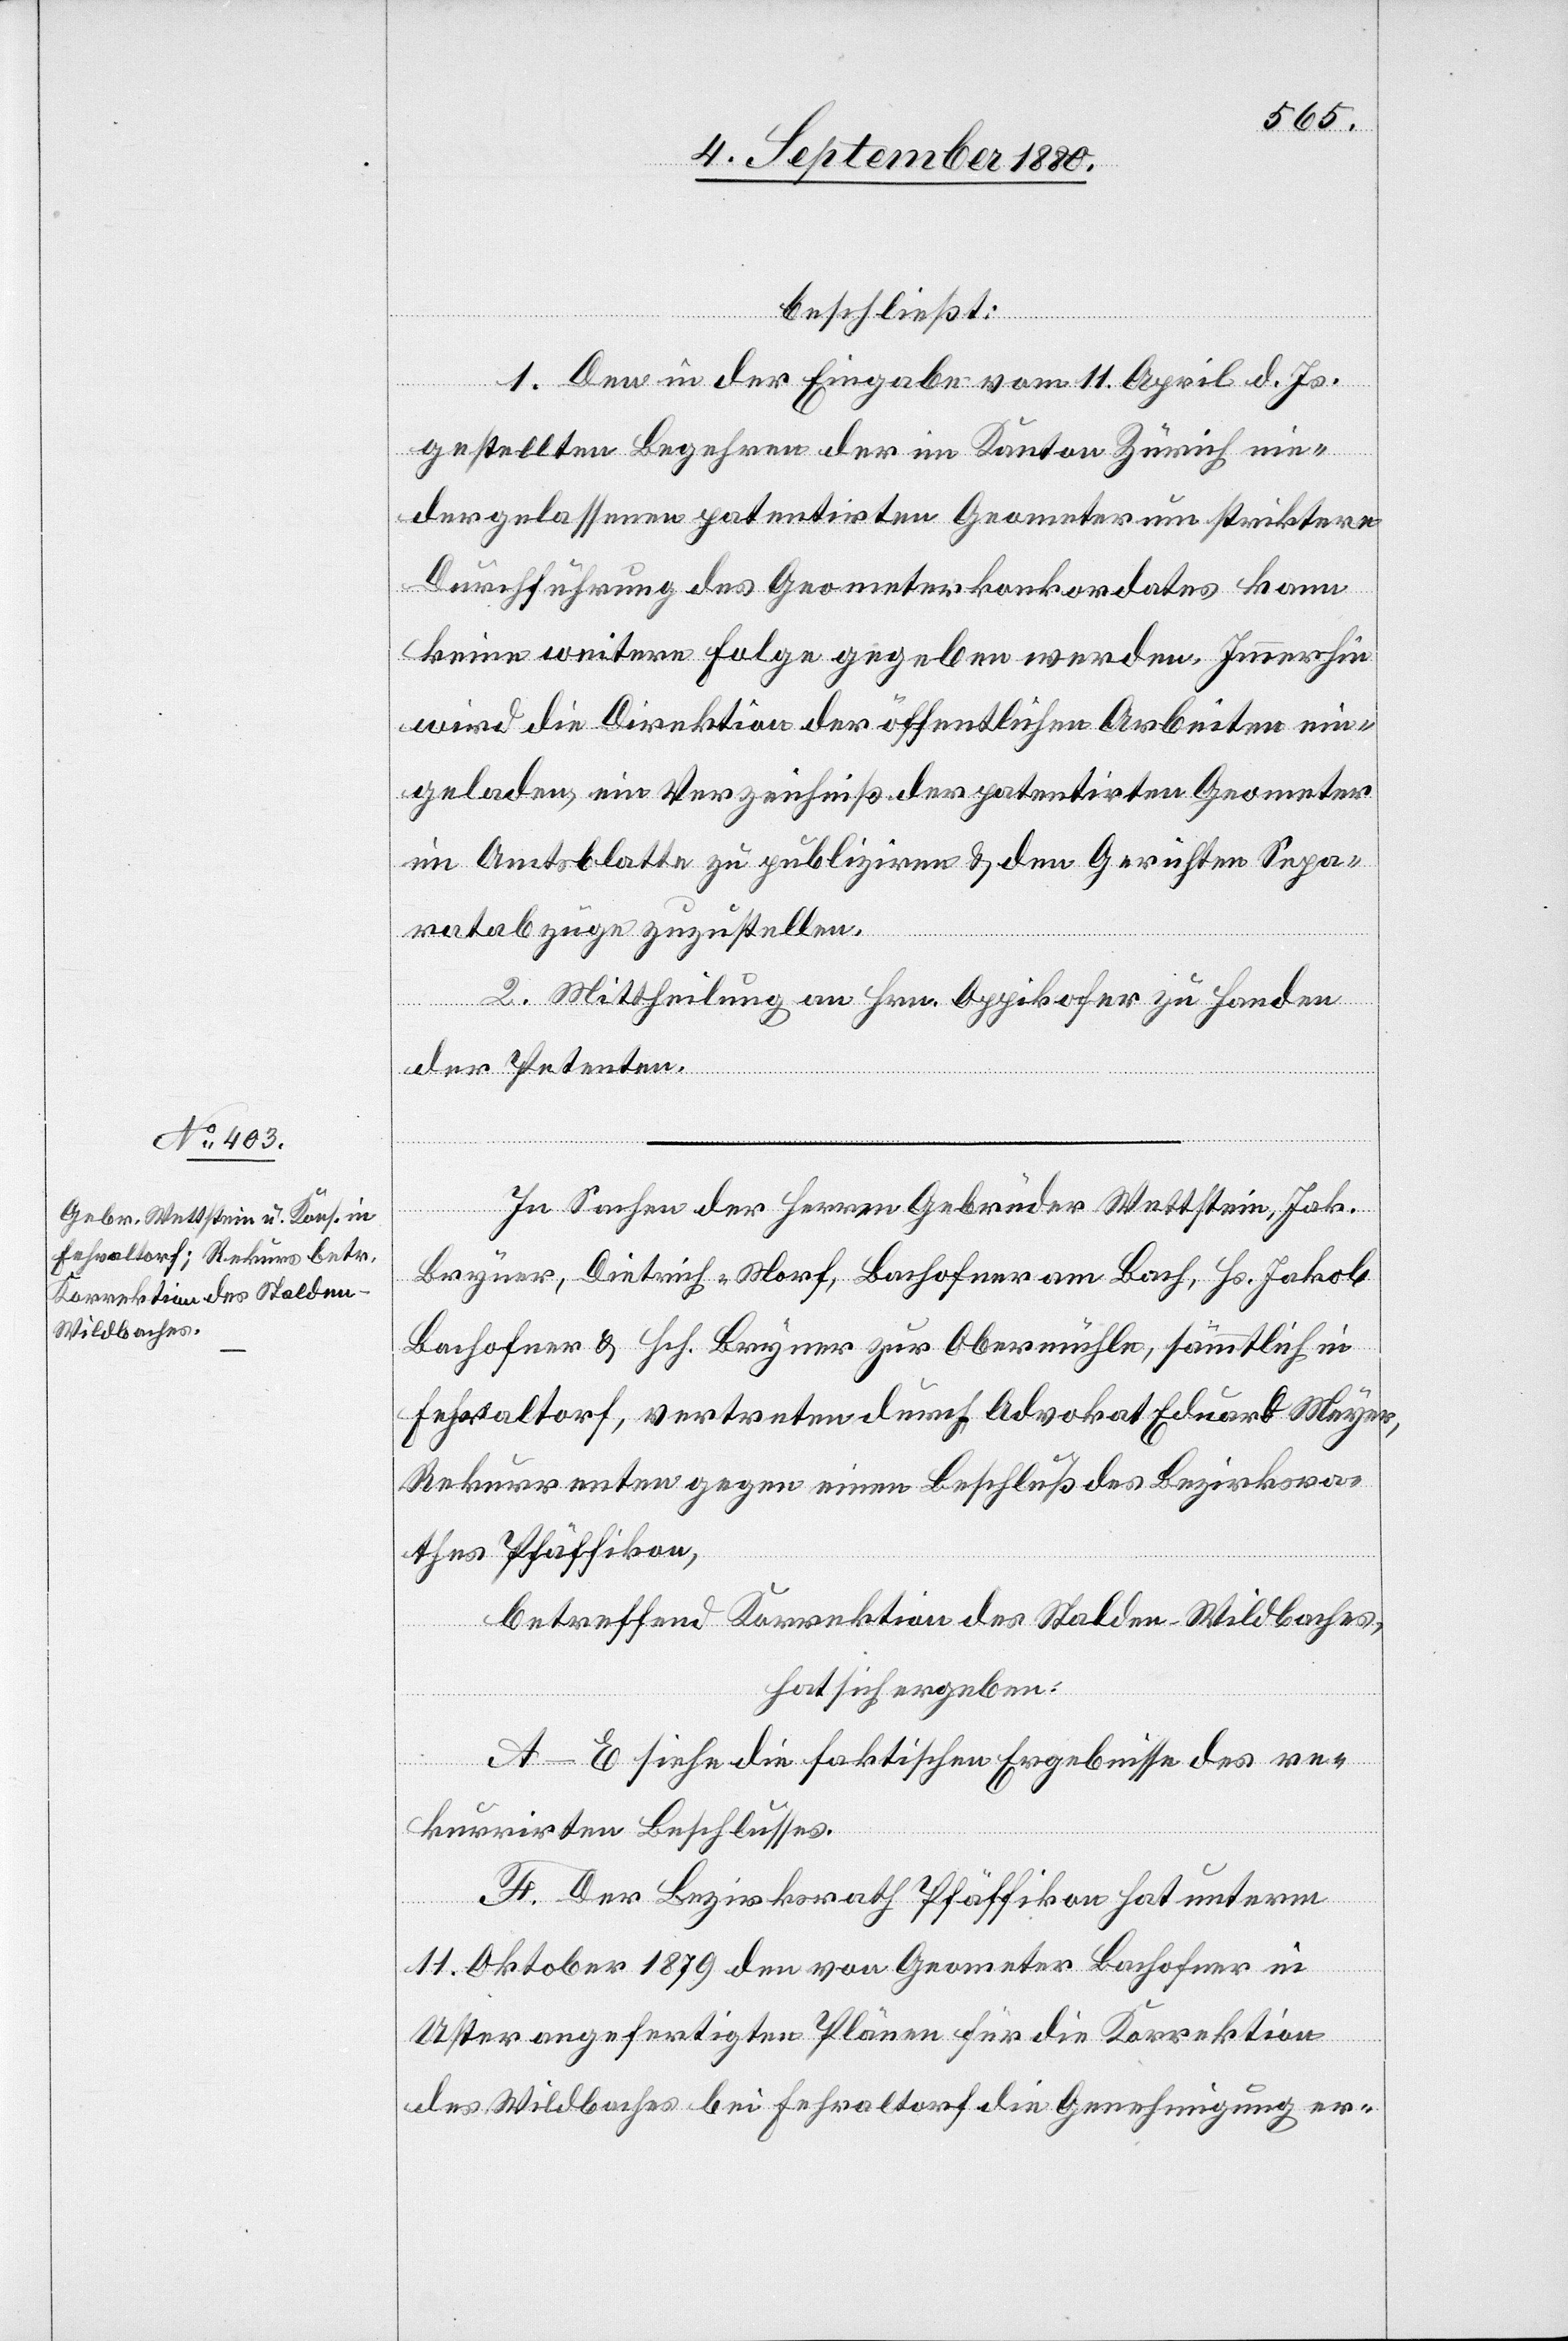
In Sachen der Herren Gebrüder Wettstein, Jak.
Bürger, Dietrich-Morf, Bachofner am Bach, Hs. Jakob
Bachofner & Hch. Bryner zur Obermühle, sämmtlich in
Fehraltorf, vertreten durch Advokat Eduart Meyer,
Rekurrenten gegen einen Beschluß des Bezirksra¬
thes Pfäffikon,
betreffend die Korrektion des Stalden-Wildbaches,
hat sich ergeben:
A–E siehe die faktischen Ergebnisse des re¬
kurrirten Beschlußes.
F. Der Bezirksrath Pfäffikon hat unterm
11. Oktober 1879 den von Geometer Bachofner in
Uster angefertigten Plänen für die Korrektion
des Wildbaches bei Fehraltorf die Genehmigung er-